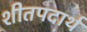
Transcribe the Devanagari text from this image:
शीतपदार्थ